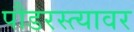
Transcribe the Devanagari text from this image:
पौडरस्त्यावर